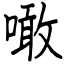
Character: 噉